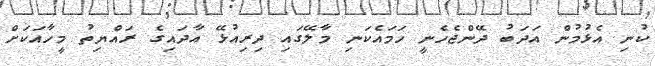
ކުނި އެޅުމުން އަދަބު ދޭންޖެހެނީ ހަމައެކަނި މާލޭގައި ދިރިއުޅޭ އާދައިގެ ރައްޔިތު މީހާއަކަށް